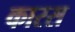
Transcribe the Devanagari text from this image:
कारस